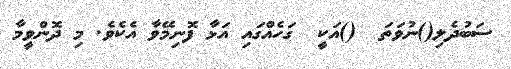
ސަބުދެލި()ނުވަތަ  ()އަކީ  ގަހެއްގައި އަޅާ ފޮނިމޭވާ އެކެވެ. މި ދޮންވީމާ